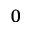
_ 0